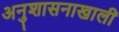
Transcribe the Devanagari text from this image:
अनुशासनाखाली